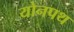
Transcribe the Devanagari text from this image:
योनपथ